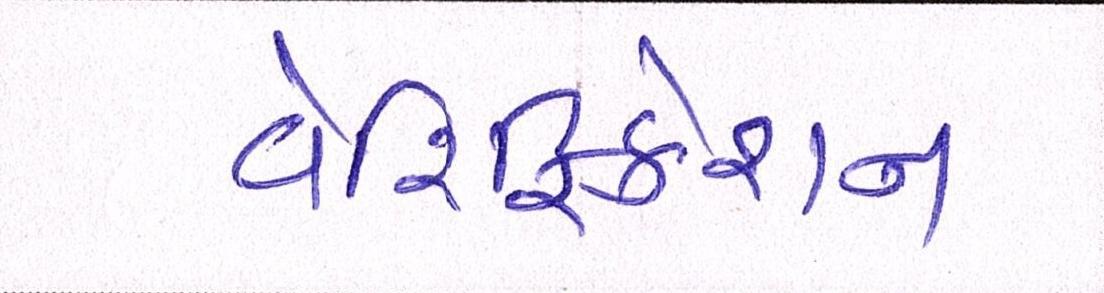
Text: વેરિફિકેશન